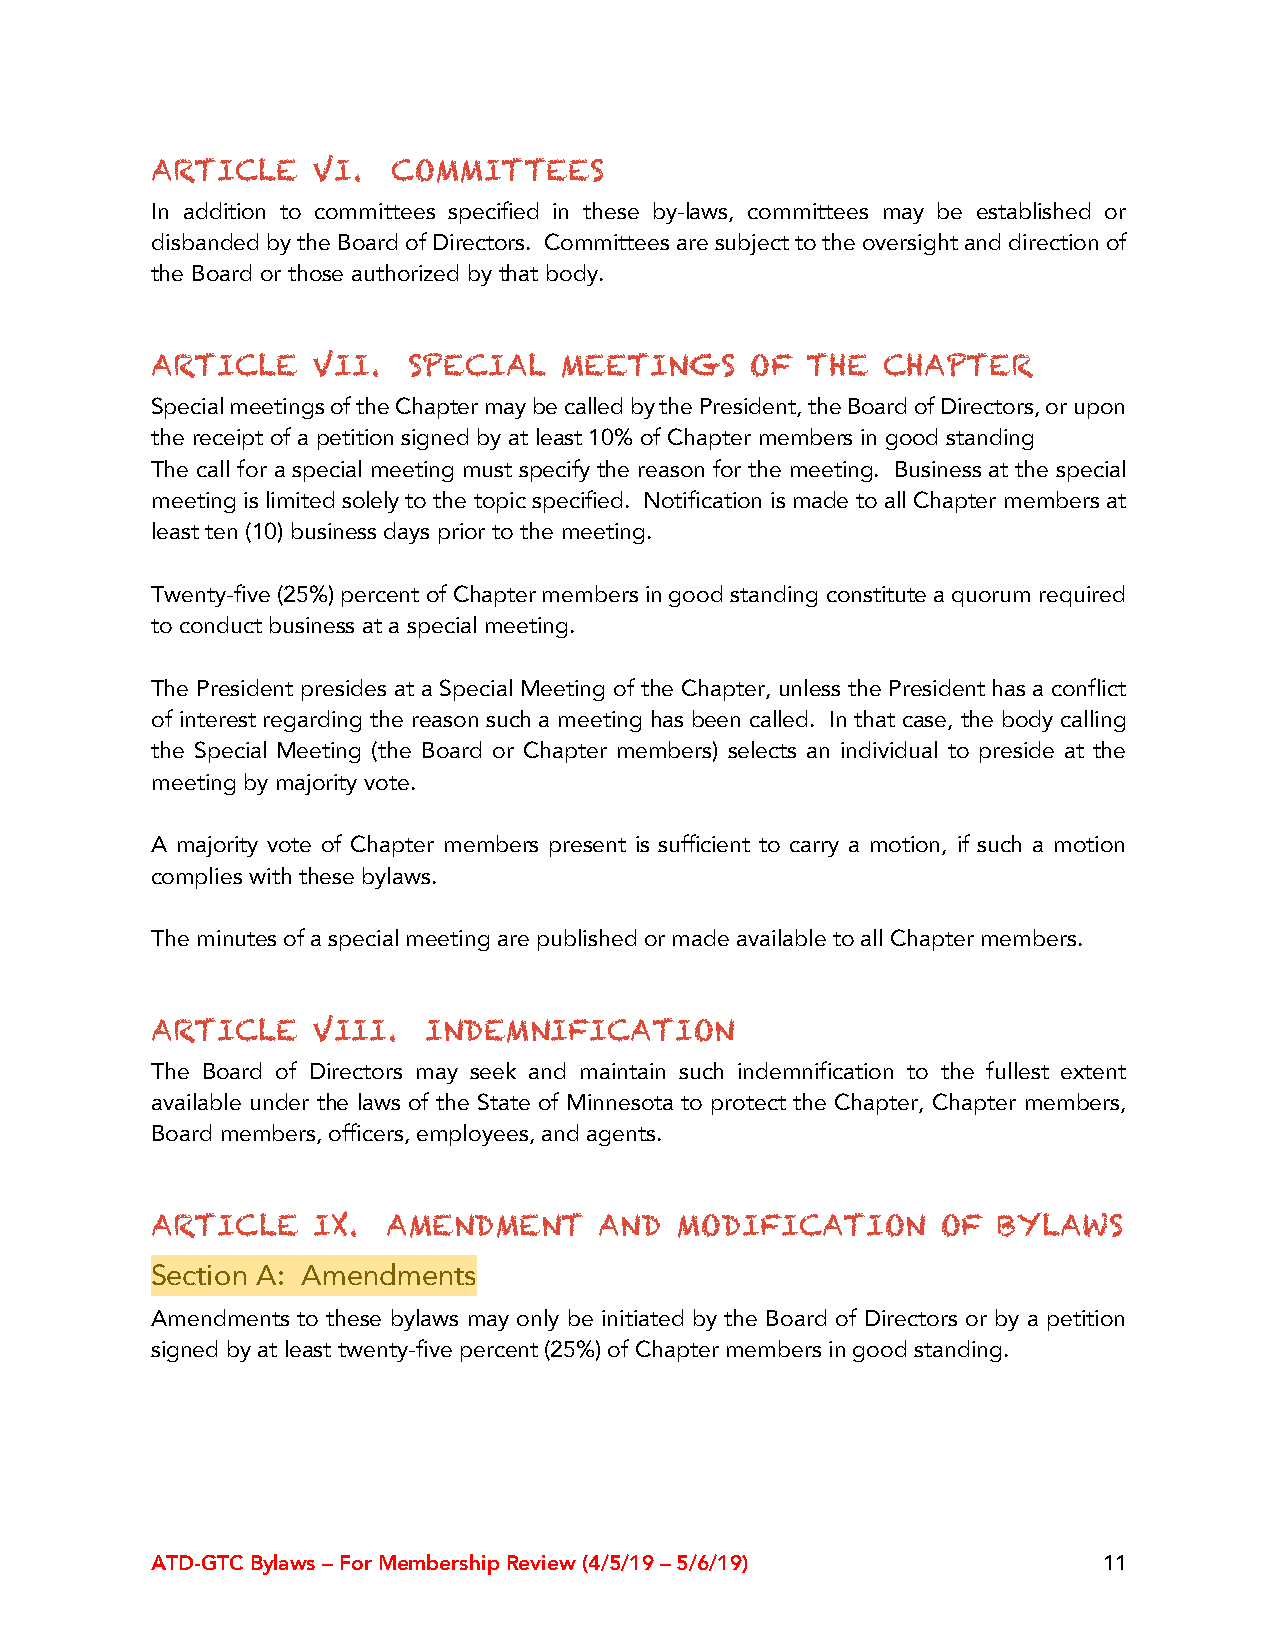
ARTICLE    VI.  COMMITTEES
 In addition to committees specified in these by-laws, committees may be established or
 disbanded by the Board of Directors. Committees are subject to the oversight and direction of
 the Board or those authorized by that body.
 ARTICLE    VII.  SPECIAL   MEETINGS     OF THE   CHAPTER
 Special meetings of the Chapter may be called by the President, the Board of Directors, or upon
 the receipt of a petition signed by at least 10% of Chapter members in good standing
 The call for a special meeting must specify the reason for the meeting. Business at the special
 meeting is limited solely to the topic specified. Notification is made to all Chapter members at
 least ten (10) business days prior to the meeting.
 Twenty-five (25%) percent of Chapter members in good standing constitute a quorum required
 to conduct business at a special meeting.
 The President presides at a Special Meeting of the Chapter, unless the President has a conflict
 of interest regarding the reason such a meeting has been called. In that case, the body calling
 the Special Meeting (the Board or Chapter members) selects an individual to preside at the
 meeting by majority vote.
 A majority vote of Chapter members present is sufficient to carry a motion, if such a motion
 complies with these bylaws.
 The minutes of a special meeting are published or made available to all Chapter members.
 ARTICLE    VIII.  INDEMNIFICATION
 The Board of Directors may seek and maintain such indemnification to the fullest extent
 available under the laws of the State of Minnesota to protect the Chapter, Chapter members,
 Board members, officers, employees, and agents.
 ARTICLE    IX.  AMENDMENT     AND  MODIFICATION     OF  BYLAWS
 Section A: Amendments
 Amendments to these bylaws may only be initiated by the Board of Directors or by a petition
 signed by at least twenty-five percent (25%) of Chapter members in good standing.
 ATD-GTC Bylaws – For Membership Review (4/5/19 – 5/6/19)       11